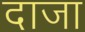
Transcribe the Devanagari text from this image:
दाजा